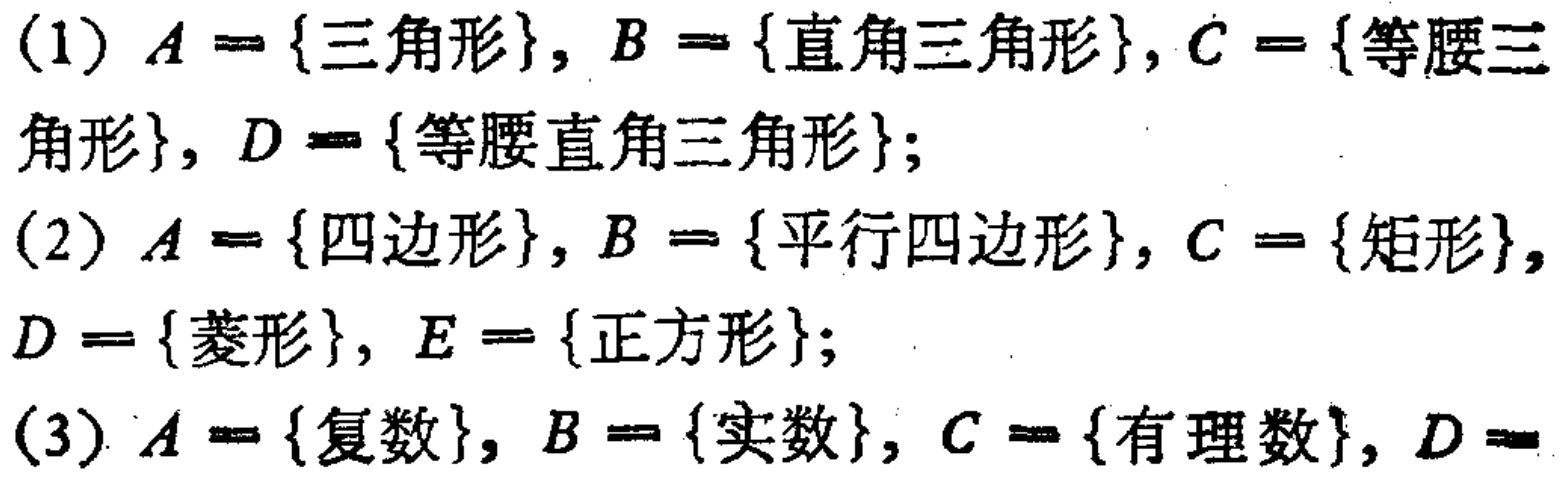
(1) \(A = \{三角形\}\), \(B = \{直角三角形\}\), \(C = \{等腰三角形\}\), \(D = \{等腰直角三角形\}\);

(2) \(A = \{四边形\}\), \(B = \{平行四边形\}\), \(C = \{矩形\}\), \(D = \{菱形\}\), \(E = \{正方形\}\);

(3) \(A = \{复数\}\), \(B = \{实数\}\), \(C = \{有理数\}\), \(D =\)